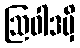
ဩဝါဒမှိ